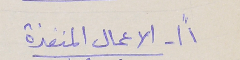
١"\- الاعمال المنفذة